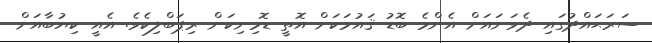
ސަރަޙައްދުގައި ދެވަނައަށް އެންމެ ބޮޑު ޤައުމަކަށް އޮތީ ޑޮމިނިކަން ރިޕަބްލިކެވެ. އެއީ ކިޔުބާއަށް